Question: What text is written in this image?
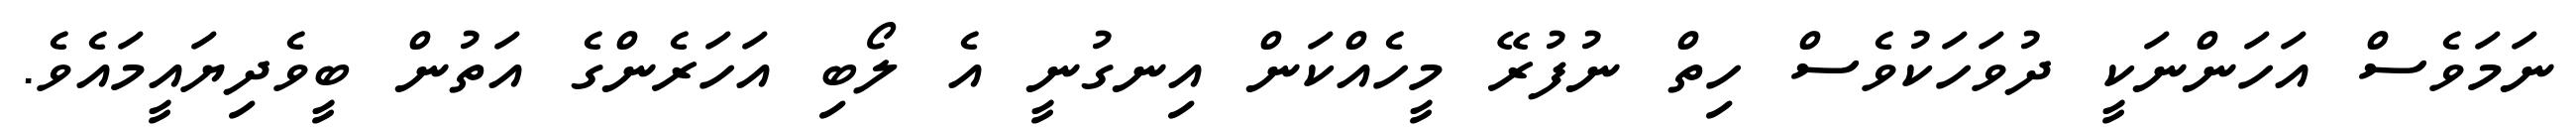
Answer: ނަމަވެސް އަހަންނަކީ ދުވަހަކުވެސް ހިތް ނުފުރޭ މީހެއްކަން އިނގުނީ އެ ލޯބި އަހަރެންގެ އަތުން ބީވެދިޔައީމައެވެ.